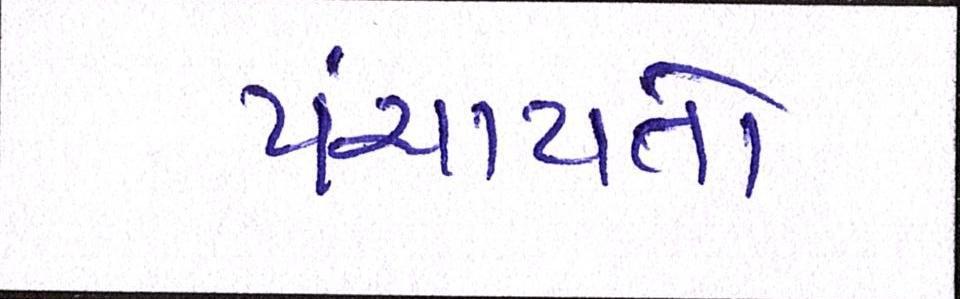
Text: પંચાયતો